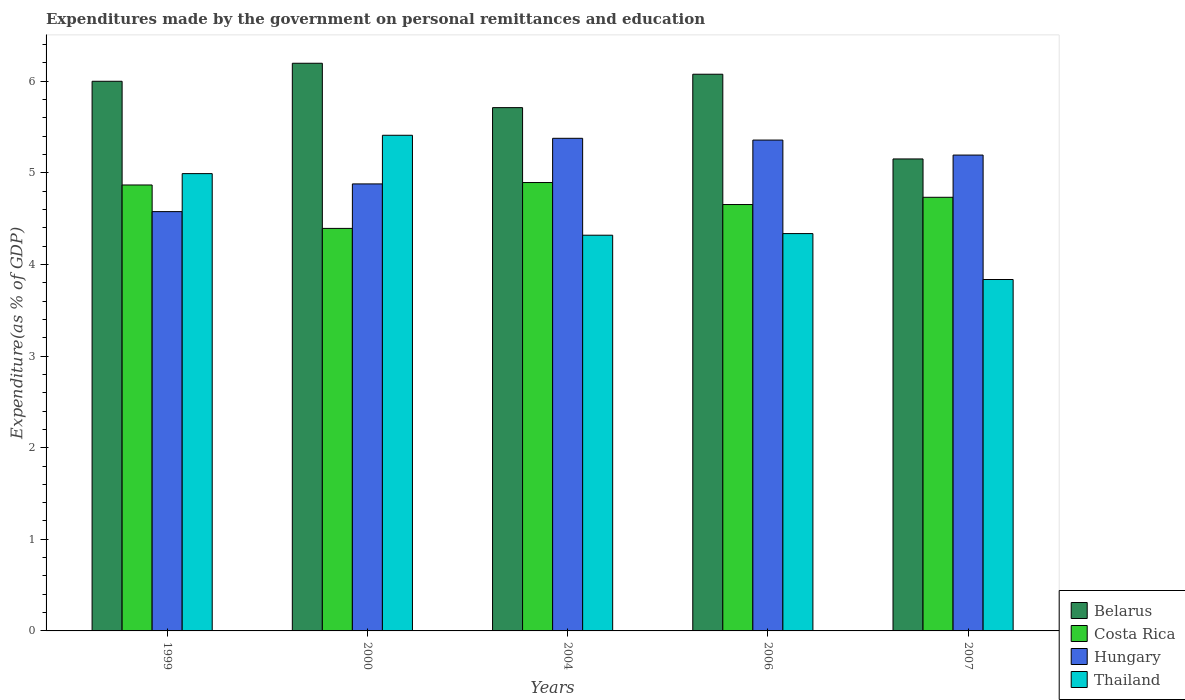
| Years | Belarus | Costa Rica | Hungary | Thailand |
 | --- | --- | --- | --- | --- |
 | 1999 | 6 | 4.87 | 4.58 | 4.99 |
 | 2000 | 6.2 | 4.39 | 4.88 | 5.41 |
 | 2004 | 5.71 | 4.89 | 5.38 | 4.32 |
 | 2006 | 6.08 | 4.65 | 5.36 | 4.34 |
 | 2007 | 5.15 | 4.73 | 5.19 | 3.84 |